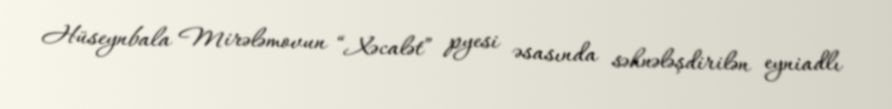
Hüseynbala Mirələmovun “Xəcalət” pyesi əsasında səhnələşdirilən eyniadlı